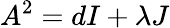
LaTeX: A^{2}=dI+\lambda J